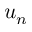
u _ { n }